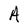
Character: A